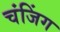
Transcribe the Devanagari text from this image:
चंजिंग